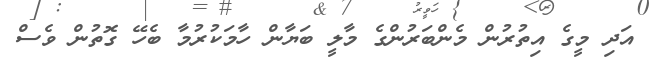
އަދި މީގެ އިތުރުން މެންބަރުންގެ މާލީ ބަޔާން ހާމަކުރުމާ ބެހޭ ގޮތުން ވެސް